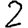
Digit: 2